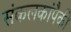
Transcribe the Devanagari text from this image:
संकलकांपैकी